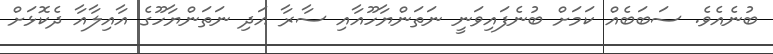
ބުނެއެވެ. ސަބަބެއް ކަމަށް ބުނެފައިވަނީ ނަތަންޔާހޫއާއި ސާރާ އަދި ނަތަންޔާހޫގެ އާއިލާއާ ދެކޮޅަށް